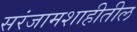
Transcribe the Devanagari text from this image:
सरंजामशाहीतील